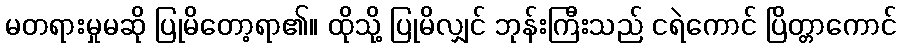
မတရားမှုမဆို ပြုမိတော့ရာ၏။ ထိုသို့ ပြုမိလျှင် ဘုန်းကြီးသည် ငရဲကောင် ပြိတ္တာကောင်